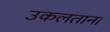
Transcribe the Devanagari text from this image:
उकलताना